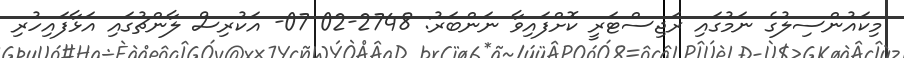
މިކައުންސިލުގެ ނަމުގައި ރަޖިސްޓަރީ ކޮށްފައިވާ ނަންބަރު: 2748-02 07- އަކުރިސް ލާންޗުގައި އަޅާފައިހުރި